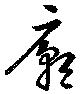
廟